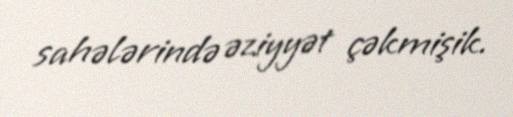
sahələrində əziyyət çəkmişik.